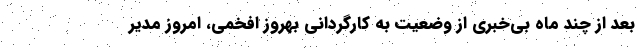
بعد از چند ماه بی‌خبری از وضعیت به کارگردانی بهروز افخمی، امروز مدیر